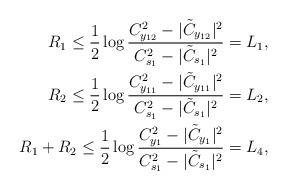
LaTeX: \begin{align*}R_1\leq\frac{1}{2}\log\frac{{C^{2}_{y_{12}}}-{|\tilde{C}_{y_{12}}|^{2}}}{{C^{2}_{s_1}}-{|\tilde{C}_{s_1}|^{2}}}=L_1,\\R_2\leq\frac{1}{2}\log\frac{{C^{2}_{y_{11}}}-{|\tilde{C}_{y_{11}}|^{2}}}{{C^{2}_{s_1}}-{|\tilde{C}_{s_1}|^{2}}}=L_2,\\R_1+R_2\leq\frac{1}{2}\log\frac{{C^{2}_{y_1}}-{|\tilde{C}_{y_1}|^{2}}}{{C^{2}_{s_1}}-{|\tilde{C}_{s_1}|^{2}}}=L_4,\end{align*}